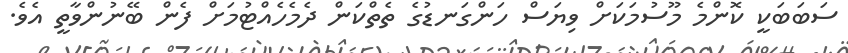
ސަބަބަކީ ކޮންމެ މޫސުމަކަށް ވިޔަސް ހަންގަނޑުގެ ތެތްކަން ދެމެހެއްޓުމަށް ފެން ބޭނުންވާތީ އެވެ.